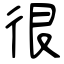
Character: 很